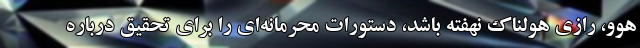
هوو، رازی هولناک نهفته باشد، دستورات محرمانه‌ای را برای تحقیق درباره